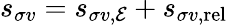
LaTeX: s_{\sigma v}=s_{\sigma v,{\cal E}}+s_{\sigma v,\mathrm{rel}}